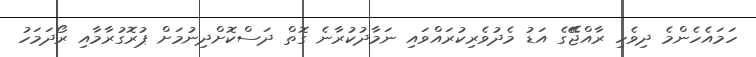
ހަމައެހެންމެ ދިވެހި ރާއްޖޭޭގެ އަޑު މެދުވެރިކުރައްވައި ނަމާދުކުރާނެ ގޮތް ދަސްކޮށްދިނުމަށް ޕުރޮގުރާމާއި ރޯދަމަހު